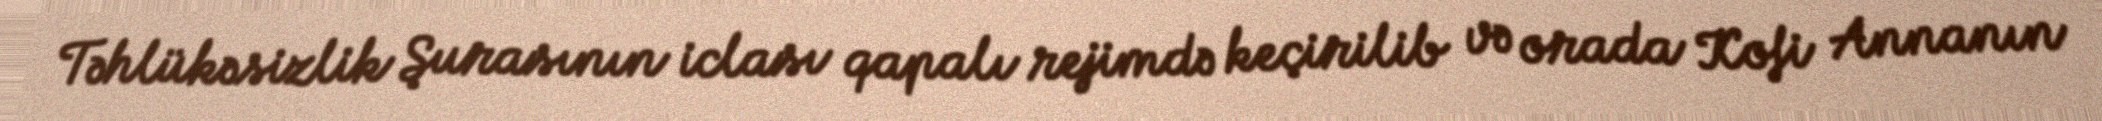
Təhlükəsizlik Şurasının iclası qapalı rejimdə keçirilib və orada Kofi Annanın